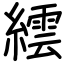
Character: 繧